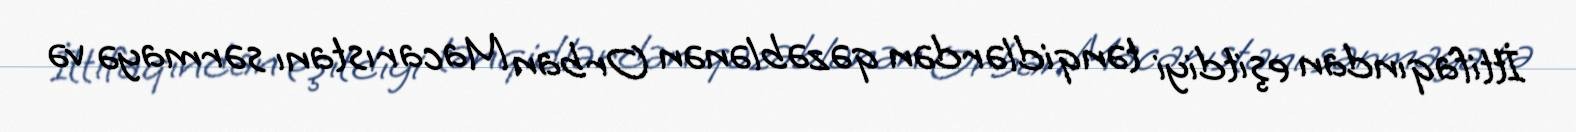
İttifaqından eşitdiyi tənqidlərdən qəzəblənən Orban Macarıstanı sərmayə və